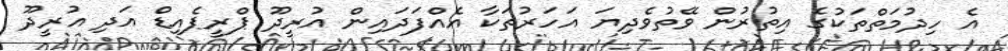
އެ ހިދުމަތްތަކުގެ އިތުރުން ވޭތުވެދިޔަ އަހަރުތަކާ އެއްފަދައިން އުރީދޫ ޕްރީޕެއިޑް އަދި އުރީދޫ